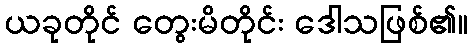
ယခုတိုင် တွေးမိတိုင်း ဒေါသဖြစ်၏။